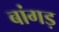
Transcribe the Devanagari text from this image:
बांगड़